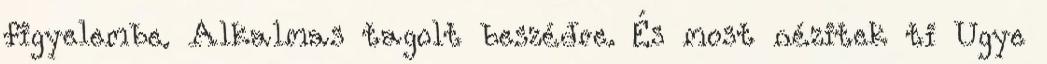
figyelembe. Alkalmas tagolt beszédre. És most nézitek ti Ugye